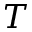
T